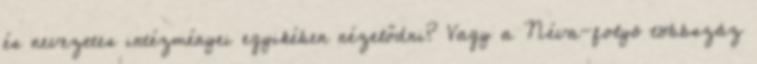
és nevezetes intézményei egyikében nézelődni? Vagy a Néva-folyó többszáz